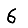
Digit: 6